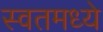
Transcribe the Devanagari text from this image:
स्वतमध्ये